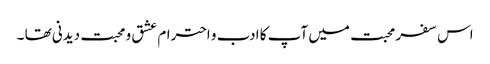
اس سفر محبت میں آپ کا ادب و احترام عشق و محبت دیدنی تھا ۔